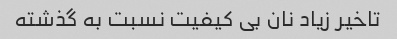
تاخیر زیاد نان بی کیفیت نسبت به گذشته